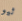
ثيو